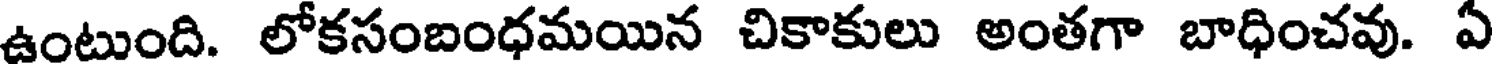
ఉంటుంది. లోకసంబంధమయిన చికాకులు అంతగా బాధించవు. ఏ